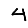
Digit: 4